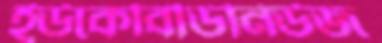
ইউকেবিডিনিউজ